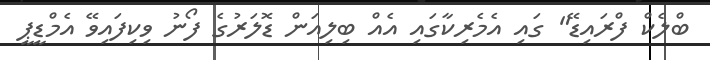
ބްލެކް ފްރައިޑޭ" ގައި އެމެރިކާގައި އެއް ބިލިއަން ޑޮލަރުގެ ފޯނު ވިކިފައިވޭ އެމްޑީޕީ